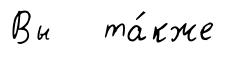
Вы та́кже